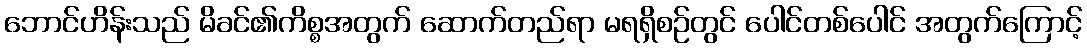
ဘောင်ဟိန်းသည် မိခင်၏ကိစ္စအတွက် ဆောက်တည်ရာ မရရှိစဉ်တွင် ပေါင်တစ်ပေါင် အတွက်ကြောင့်